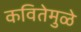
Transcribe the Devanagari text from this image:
कवितेमुळे